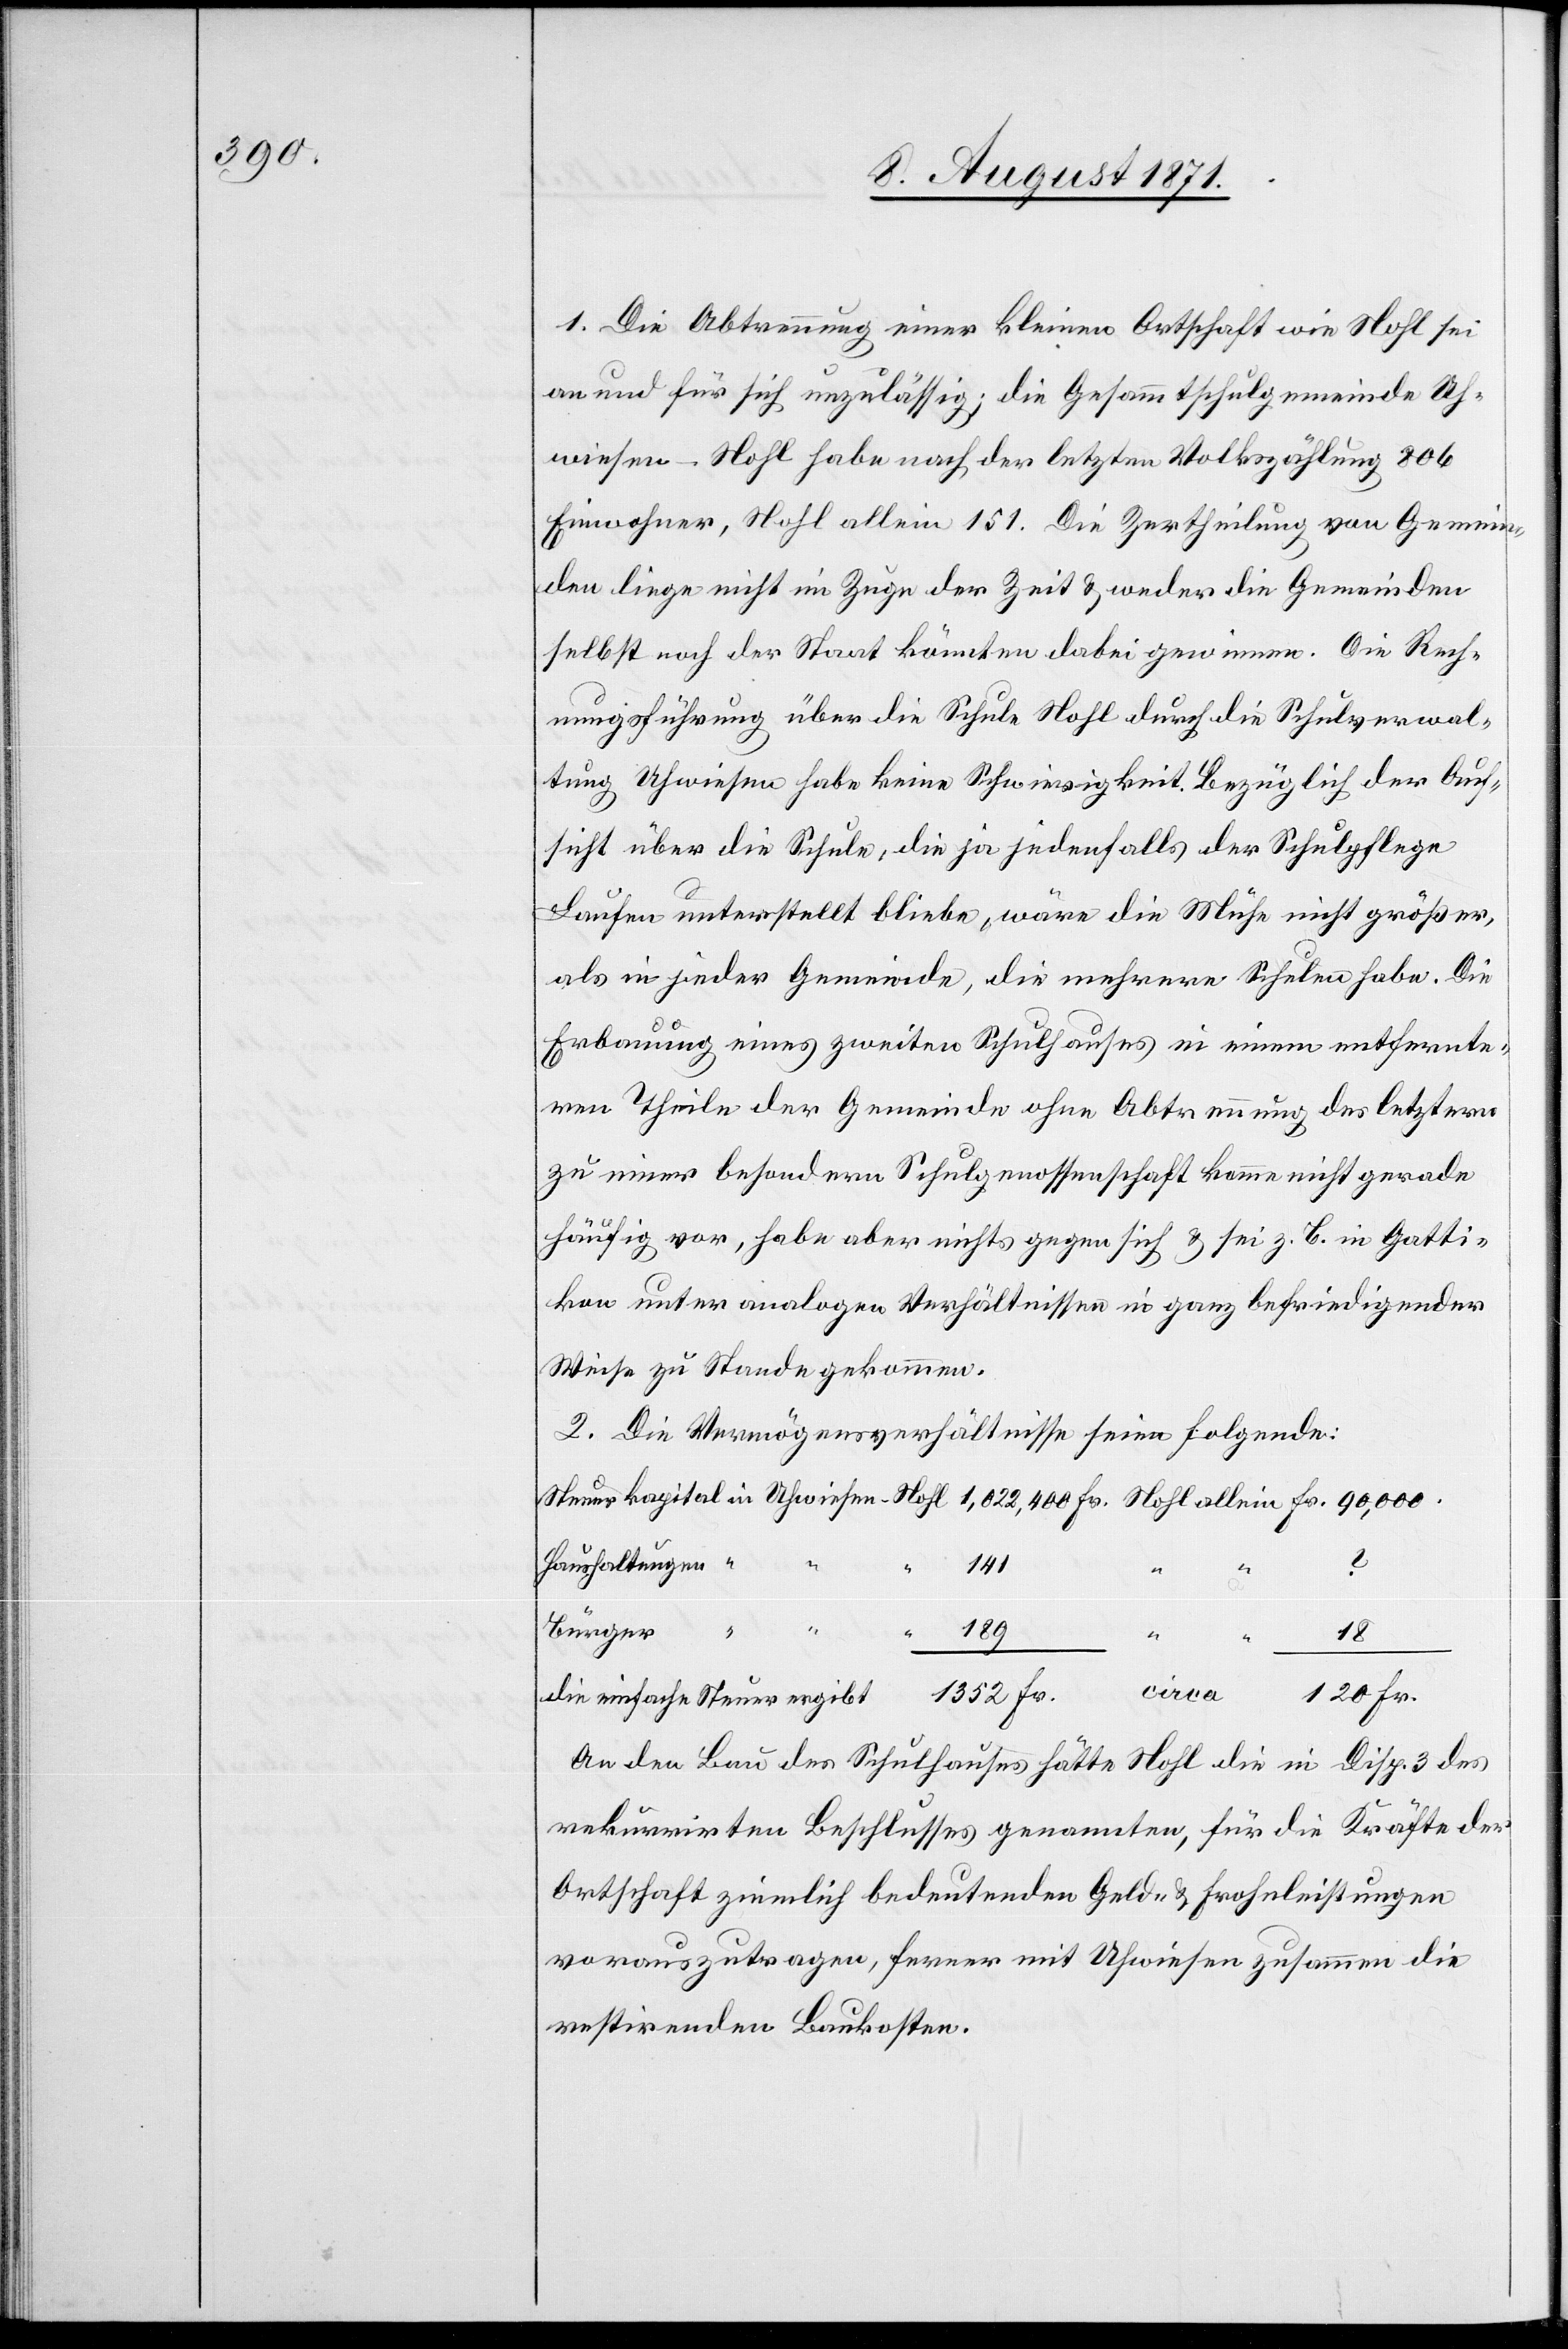
1. Die Abtrennung einer kleinen Ortschaft wie Nohl sei
an und für sich unzulässig; die Gesammtschulgemeinde Uh¬
wiesen-Nohl habe nach der letzten Volkszählung 806
Einwohner, Nohl allein 151. Die Zertheilung von Gemein¬
den liege nicht im Zuge der Zeit & weder die Gemeinden
selbst noch der Staat könnten dabei gewinnen. Die Rech¬
nungsführung über die Schule Nohl durch die Schulverwal¬
tung Uhwiesen habe keine Schwierigkeit. Bezüglich der Auf¬
sicht über die Schule, die ja jedenfalls der Schulpfege
Laufen unterstellt bliebe, wäre die Mühe nicht größer,
als in jeder Gemeinde, die mehrere Schulen habe. Die
Erbauung eines zweiten Schulhauses in einem entfernte¬
ren Theile der Gemeinde ohne Abtrennung des letztern
zu einer besonderen Schulgenossenschaft komme nicht gerade
häufig vor, habe aber nichts gegen sich & sei z. B. in Gatti¬
kon unter analogen Verhältnissen in ganz befriedigender
Weise zu Stande gekommen.
2. Die Vermögensverhältnisse seien folgende:
Haushaltungen
141
Fr.
An den Bau des Schulhauses hätte Nohl die in Disp. 3 des
rekurrirten Beschlusses genannten, für die Kräfte der
Ortschaft ziemlich bedeutenden Geld- & Frohnleistungen
vorauszutragen, ferner mit Uhwiesen zusammen die
vestirenden Baukosten.